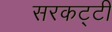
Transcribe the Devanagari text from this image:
सरकट्टी